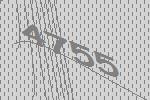
4755